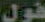
قول